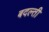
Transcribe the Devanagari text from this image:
बदल्ती